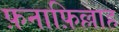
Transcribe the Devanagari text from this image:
फ़नाफ़िल्लाह